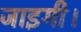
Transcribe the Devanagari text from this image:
जाइगी।